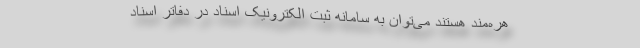
هره‌مند هستند می‌توان به سامانه ثبت الکترونیک اسناد در دفاتر اسناد